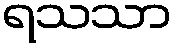
ရသသာ